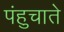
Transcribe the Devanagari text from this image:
पंहुचाते